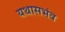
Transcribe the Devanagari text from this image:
यथासभंव